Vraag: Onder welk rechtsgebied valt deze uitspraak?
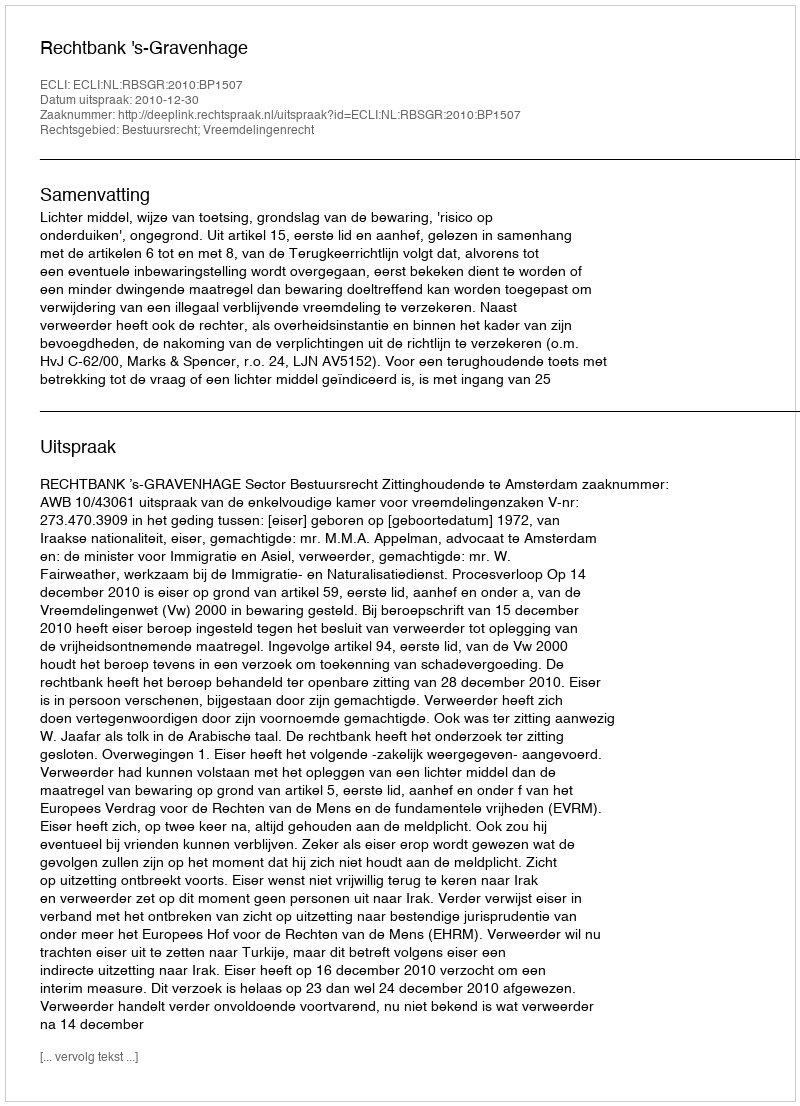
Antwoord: Bestuursrecht; Vreemdelingenrecht